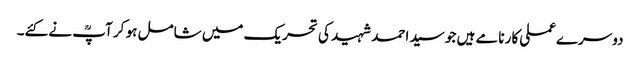
دوسرےعملی کار نامے ہیں جو سید احمد شہید کی تحریک میں شامل ہو کر آپؒ نے کئے۔